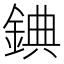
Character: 錪